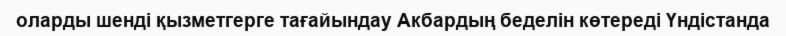
оларды шенді қызметгерге тағайындау Акбардың беделін көтереді Үндістанда